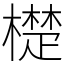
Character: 檚